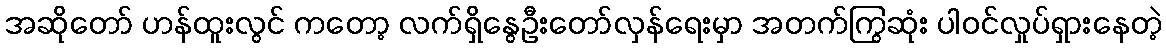
အဆိုတော် ဟန်ထူးလွင် ကတော့ လက်ရှိနွေဦးတော်လှန်ရေးမှာ အတက်ကြွဆုံး ပါဝင်လှုပ်ရှားနေတဲ့